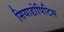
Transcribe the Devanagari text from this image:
सियाडोपिटिस